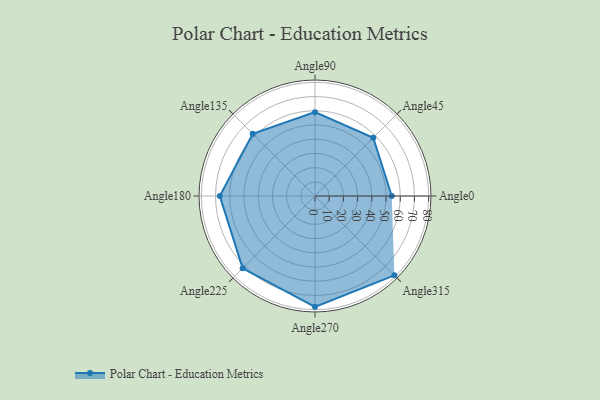
{"axis": {"x": "Angle", "y": "Radius"}, "legend": [""], "data": [{"x": "Angle0", "y": 54.0, "type": ""}, {"x": "Angle45", "y": 58.0, "type": ""}, {"x": "Angle90", "y": 59.0, "type": ""}, {"x": "Angle135", "y": 62.0, "type": ""}, {"x": "Angle180", "y": 67.0, "type": ""}, {"x": "Angle225", "y": 72.0, "type": ""}, {"x": "Angle270", "y": 78.0, "type": ""}, {"x": "Angle315", "y": 79.0, "type": ""}]}